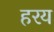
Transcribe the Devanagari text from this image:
हरय